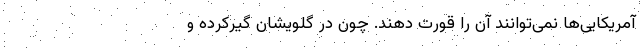
آمریکایی‌ها نمی‌توانند آن را قورت دهند. چون در گلویشان گیرکرده و